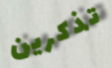
تذكرين